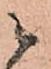
ニ